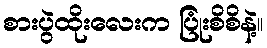
စားပွဲထိုးလေးက ပြုံးစိစိနဲ့။